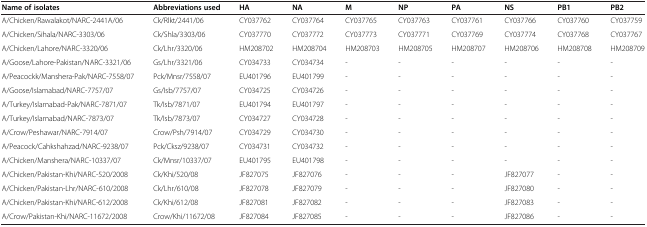
<table><thead><tr><td><b>Name of isolates</b></td><td><b>Abbreviations used</b></td><td><b>HA</b></td><td><b>NA</b></td><td><b>M</b></td><td><b>NP</b></td><td><b>PA</b></td><td><b>NS</b></td><td><b>PB1</b></td><td><b>PB2</b></td></tr></thead><tbody><tr><td>A/Chicken/Rawalakot/NARC-2441A/06</td><td>Ck/Rlkt/2441/06</td><td>CY037762</td><td>CY037764</td><td>CY037765</td><td>CY037763</td><td>CY037761</td><td>CY037766</td><td>CY037760</td><td>CY037759</td></tr><tr><td>A/Chicken/Sihala/NARC-3303/06</td><td>Ck/Shla/3303/06</td><td>CY037770</td><td>CY037772</td><td>CY037773</td><td>CY037771</td><td>CY037769</td><td>CY037774</td><td>CY037768</td><td>CY037767</td></tr><tr><td>A/Chicken/Lahore/NARC-3320/06</td><td>Ck/Lhr/3320/06</td><td>HM208702</td><td>HM208704</td><td>HM208703</td><td>HM208705</td><td>HM208707</td><td>HM208706</td><td>HM208708</td><td>HM208709</td></tr><tr><td>A/Goose/Lahore-Pakistan/NARC-3321/06</td><td>Gs/Lhr/3321/06</td><td>CY034733</td><td>CY034734</td><td>-</td><td>-</td><td>-</td><td>-</td><td>-</td><td>-</td></tr><tr><td>A/Peacockk/Manshera-Pak/NARC-7558/07</td><td>Pck/Mnsr/7558/07</td><td>EU401796</td><td>EU401799</td><td>-</td><td>-</td><td>-</td><td>-</td><td>-</td><td>-</td></tr><tr><td>A/Goose/Islamabad/NARC-7757/07</td><td>Gs/Isb/7757/07</td><td>CY034725</td><td>CY034726</td><td>-</td><td>-</td><td>-</td><td>-</td><td>-</td><td>-</td></tr><tr><td>A/Turkey/Islamabad-Pak/NARC-7871/07</td><td>Tk/Isb/7871/07</td><td>EU401794</td><td>EU401797</td><td>-</td><td>-</td><td>-</td><td>-</td><td>-</td><td>-</td></tr><tr><td>A/Turkey/Islamabad/NARC-7873/07</td><td>Tk/Isb/7873/07</td><td>CY034727</td><td>CY034728</td><td>-</td><td>-</td><td>-</td><td>-</td><td>-</td><td>-</td></tr><tr><td>A/Crow/Peshawar/NARC-7914/07</td><td>Crow/Psh/7914/07</td><td>CY034729</td><td>CY034730</td><td>-</td><td>-</td><td>-</td><td>-</td><td>-</td><td>-</td></tr><tr><td>A/Peacock/Cahkshahzad/NARC-9238/07</td><td>Pck/Cksz/9238/07</td><td>CY034731</td><td>CY034732</td><td>-</td><td>-</td><td>-</td><td>-</td><td>-</td><td>-</td></tr><tr><td>A/Chicken/Manshera/NARC-10337/07</td><td>Ck/Mnsr/10337/07</td><td>EU401795</td><td>EU401798</td><td>-</td><td>-</td><td>-</td><td>-</td><td>-</td><td>-</td></tr><tr><td>A/Chicken/Pakistan-Khi/NARC-520/2008</td><td>Ck/Khi/520/08</td><td>JF827075</td><td>JF827076</td><td>-</td><td>-</td><td>-</td><td>JF827077</td><td>-</td><td>-</td></tr><tr><td>A/Chicken/Pakistan-Lhr/NARC-610/2008</td><td>Ck/Lhr/610/08</td><td>JF827078</td><td>JF827079</td><td>-</td><td>-</td><td>-</td><td>JF827080</td><td>-</td><td>-</td></tr><tr><td>A/Chicken/Pakistan-Khi/NARC-612/2008</td><td>Ck/Khi/612/08</td><td>JF827081</td><td>JF827082</td><td>-</td><td>-</td><td>-</td><td>JF827083</td><td>-</td><td>-</td></tr><tr><td>A/Crow/Pakistan-Khi/NARC-11672/2008</td><td>Crow/Khi/11672/08</td><td>JF827084</td><td>JF827085</td><td>-</td><td>-</td><td>-</td><td>JF827086</td><td>-</td><td>-</td></tr></tbody></table>